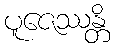
ပူဇေဿန္တိ